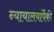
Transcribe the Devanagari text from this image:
न्यायालयांपैकी